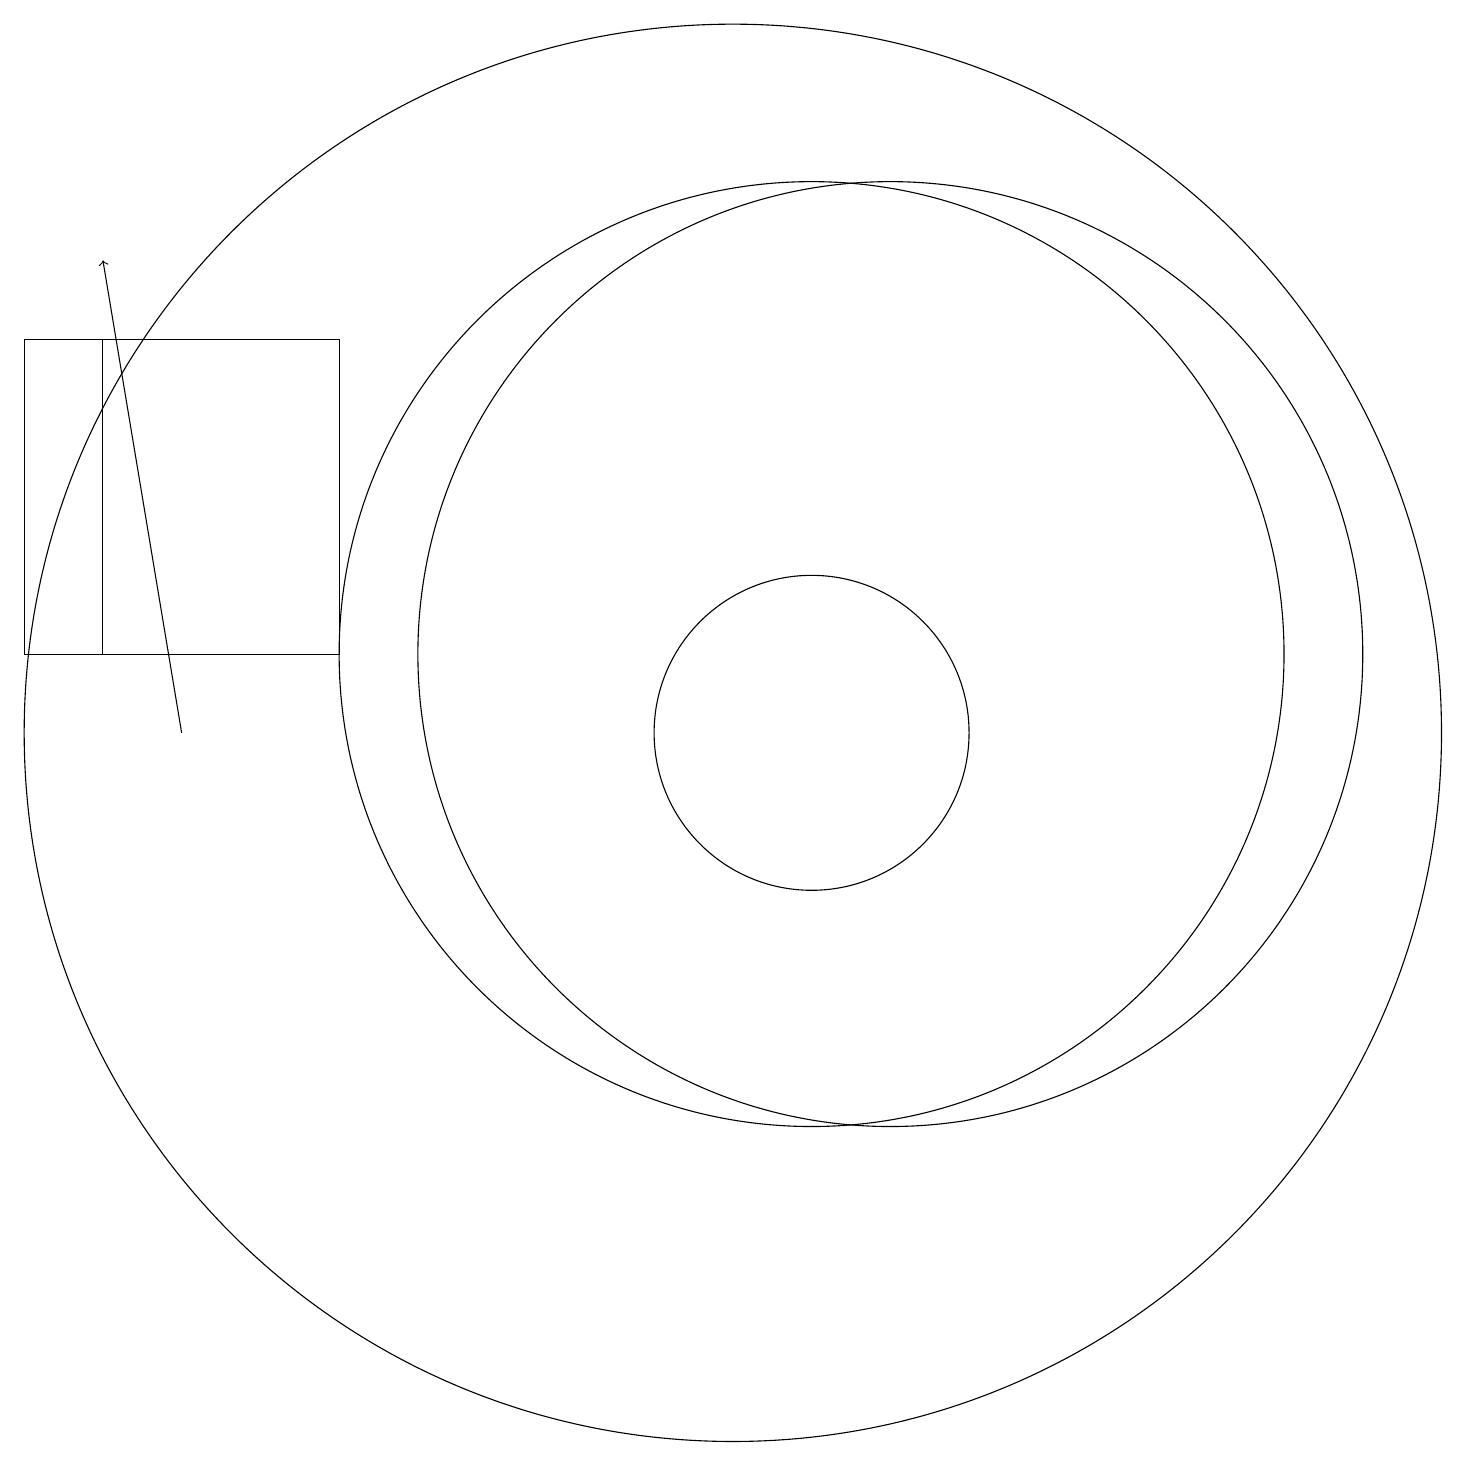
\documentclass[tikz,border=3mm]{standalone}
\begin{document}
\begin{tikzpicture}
\draw (10,10) circle (9);
\draw (12,11) circle (6);
\draw (2,15) rectangle (5,11);
\draw (11,10) circle (2);
\draw (5,15) rectangle (1,11);
\draw[->] (3,10) -- (2,16);
\draw (11,11) circle (6);
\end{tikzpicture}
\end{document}